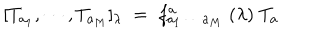
[ T _ { a _ { 1 } } , \cdots , T _ { a _ { M } } ] _ { \lambda } \; = \; f _ { a _ { 1 } \, \cdots \, a _ { M } } ^ { a } \; ( \lambda ) \; T _ { a }